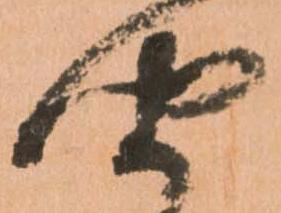
聞